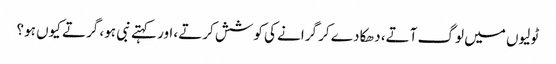
ٹولیوں میں لوگ آتے، دھکا دے کر گرانے کی کوشش کرتے، اور کہتے نبی ہو، گرتے کیوں ہو؟